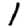
Digit: 1